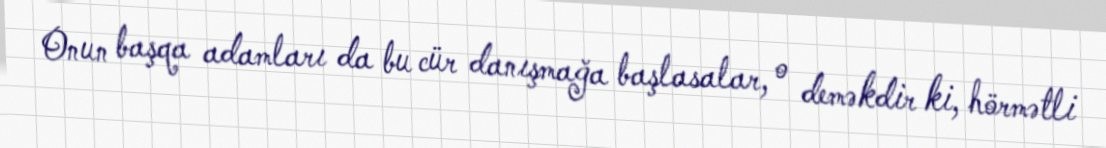
Onun başqa adamları da bu cür danışmağa başlasalar, o deməkdir ki, hörmətli